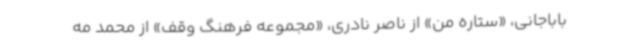
باباجانی، «ستاره من» از ناصر نادری، «مجموعه فرهنگ وقف» از محمد مه